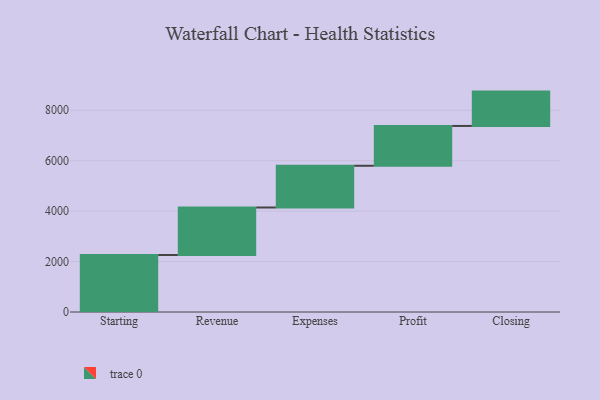
{"axis": {"x": "Step", "y": "Value"}, "legend": [""], "data": [{"x": "Starting", "y": 2260.0, "type": ""}, {"x": "Revenue", "y": 1884.0, "type": ""}, {"x": "Expenses", "y": 1655.0, "type": ""}, {"x": "Profit", "y": 1579.0, "type": ""}, {"x": "Closing", "y": 1362.0, "type": ""}]}